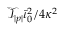
\mathcal { T } _ { | p | } \bar { \iota } _ { 0 } ^ { 2 } / 4 \kappa ^ { 2 }